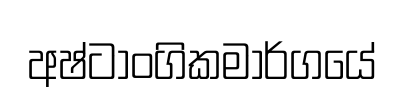
අෂ්ටාංගිකමාර්ගයේ